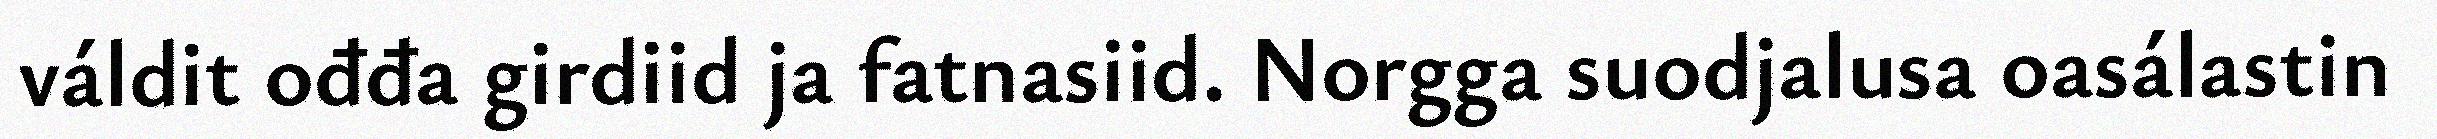
váldit ođđa girdiid ja fatnasiid. Norgga suodjalusa oasálastin